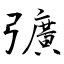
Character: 彍